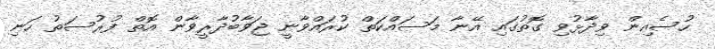
ހުސެއިން ވިދާޅުވި ގޮތުގައި އޭނާ މަސައްކަތް ކުރައްވާނީ ޖަވާބުދާރީވާން އޮތް ފުރުސަތު ހަަނި